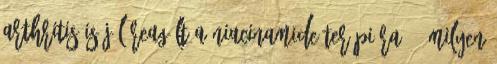
arthritis is jól reagált a niacinamide terápiára. – Milyen